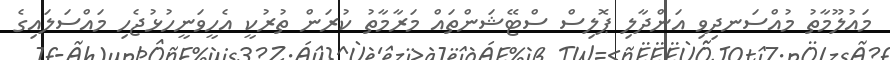
މައުލޫމާތު މުއްސަނދިވި އަންދާލި ޕޮލިސް ސްޓޭޝަންތައް މަރާމާތު ކުރަން ތުރުކީ އެހީވަނީހުޅުޖެހި މައްސަލައިގެ